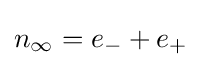
n_{\infty }=e_{-}+e_{+}